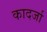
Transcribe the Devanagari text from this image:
कादर्जा